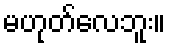
မဟုတ်လေဘူး။